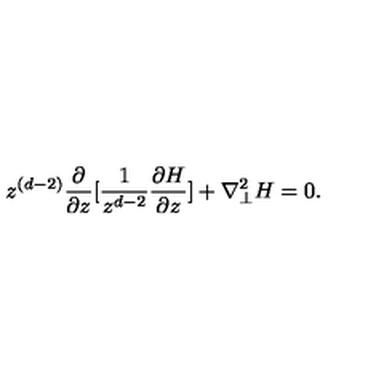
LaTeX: z ^ { ( d - 2 ) } \frac { \partial } { { \partial } z } [ \frac { 1 } { z ^ { d - 2 } } \frac { { \partial } H } { { \partial } z } ] + { \nabla } _ { \perp } ^ { 2 } H = 0 .